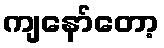
ကျနော်တော့